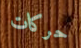
حركات